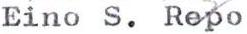
Eino S. Repo